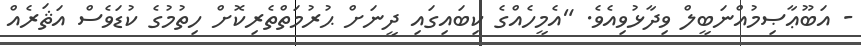
- އަބޫޢާޞިމުއްނަބީލް ވިދާޅުވިއެވެ. "އެމީހެއްގެ ކިބައިގައި ދީނަށް ޙުރުމަތްތެރިކޮށް ހިތުމުގެ ކުޑަވެސް އަޘަރެއް